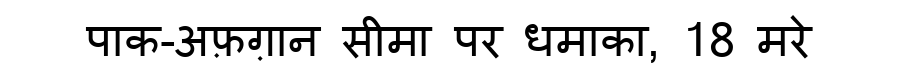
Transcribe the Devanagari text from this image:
पाक-अफ़ग़ान सीमा पर धमाका, 18 मरे